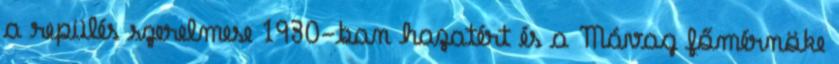
a repülés szerelmese 1930-ban hazatért és a Mávag főmérnöke